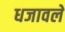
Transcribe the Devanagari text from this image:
धजावले